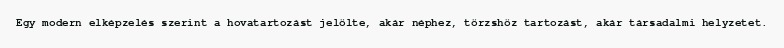
Egy modern elképzelés szerint a hovatartozást jelölte, akár néphez, törzshöz tartozást, akár társadalmi helyzetet.